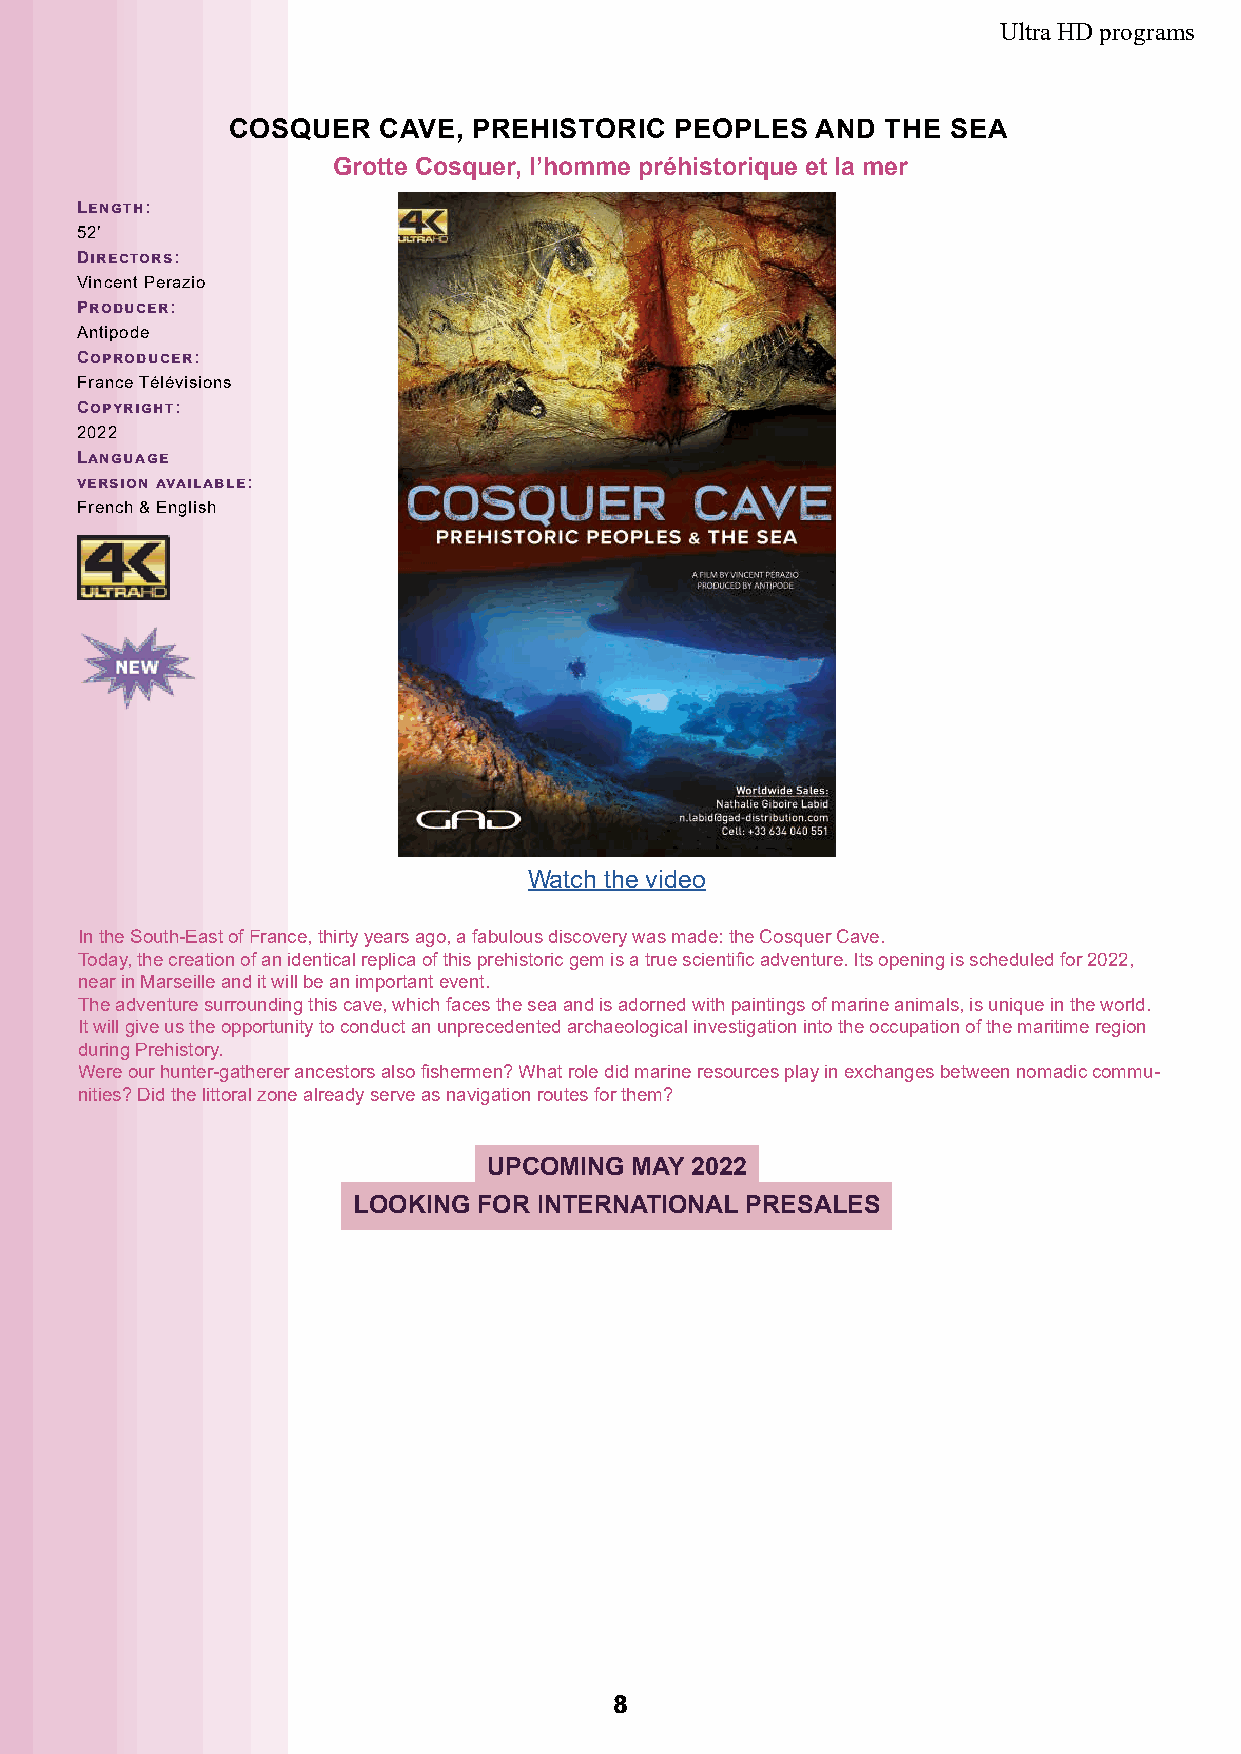
Ultra HD programs
 COSQUER   CAVE, PREHISTORIC   PEOPLES  AND  THE SEA
 Grotte Cosquer, l’homme préhistorique et la mer
 Length:
 52’
 Directors:
 Vincent Perazio
 Producer:
 Antipode
 Coproducer:
 France Télévisions
 Copyright:
 2022
 Language
 version available:
 French & English
 Watch the video
 In the South-East of France, thirty years ago, a fabulous discovery was made: the Cosquer Cave.
 Today, the creation of an identical replica of this prehistoric gem is a true scientific adventure. Its opening is scheduled for 2022,
 near in Marseille and it will be an important event.
 The adventure surrounding this cave, which faces the sea and is adorned with paintings of marine animals, is unique in the world.
 It will give us the opportunity to conduct an unprecedented archaeological investigation into the occupation of the maritime region
 during Prehistory.
 Were our hunter-gatherer ancestors also fishermen? What role did marine resources play in exchanges between nomadic commu-
 nities? Did the littoral zone already serve as navigation routes for them?
 UPCOMING  MAY 2022
 LOOKING  FOR INTERNATIONAL PRESALES
 88